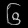
Digit: ၆